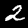
Label: 2